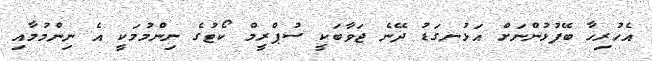
އެހުރިހާ ބޭފުޅުންނަށް އަޅުނގަޑު ދޭނެ ޖަވާބަކީ ސުޕްރީމް ކޯޓުގެ ނިންމުމަކީ އެ ނިންމުމާއި